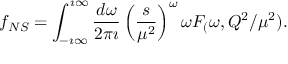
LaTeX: f _ { N S } = \int _ { - \imath \infty } ^ { \imath \infty } \frac { d \omega } { 2 \pi \imath } \left( \frac { s } { \mu ^ { 2 } } \right) ^ { \omega } \omega F _ { ( } \omega , Q ^ { 2 } / \mu ^ { 2 } ) .